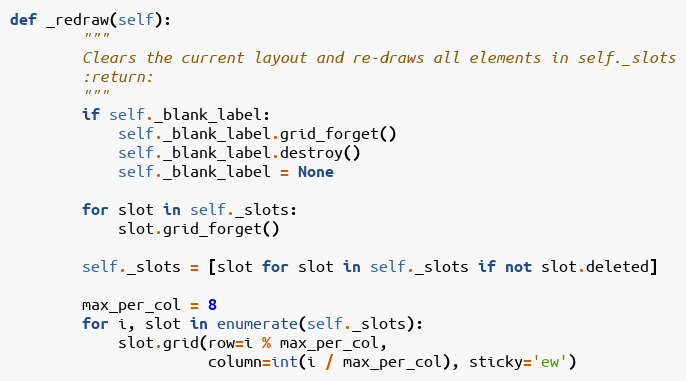
Language: Python
def _redraw(self):
        """
        Clears the current layout and re-draws all elements in self._slots
        :return:
        """
        if self._blank_label:
            self._blank_label.grid_forget()
            self._blank_label.destroy()
            self._blank_label = None

        for slot in self._slots:
            slot.grid_forget()

        self._slots = [slot for slot in self._slots if not slot.deleted]

        max_per_col = 8
        for i, slot in enumerate(self._slots):
            slot.grid(row=i % max_per_col,
                      column=int(i / max_per_col), sticky='ew')